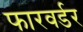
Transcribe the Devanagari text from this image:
फारवर्डर